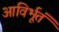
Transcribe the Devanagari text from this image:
आविर्भूतं